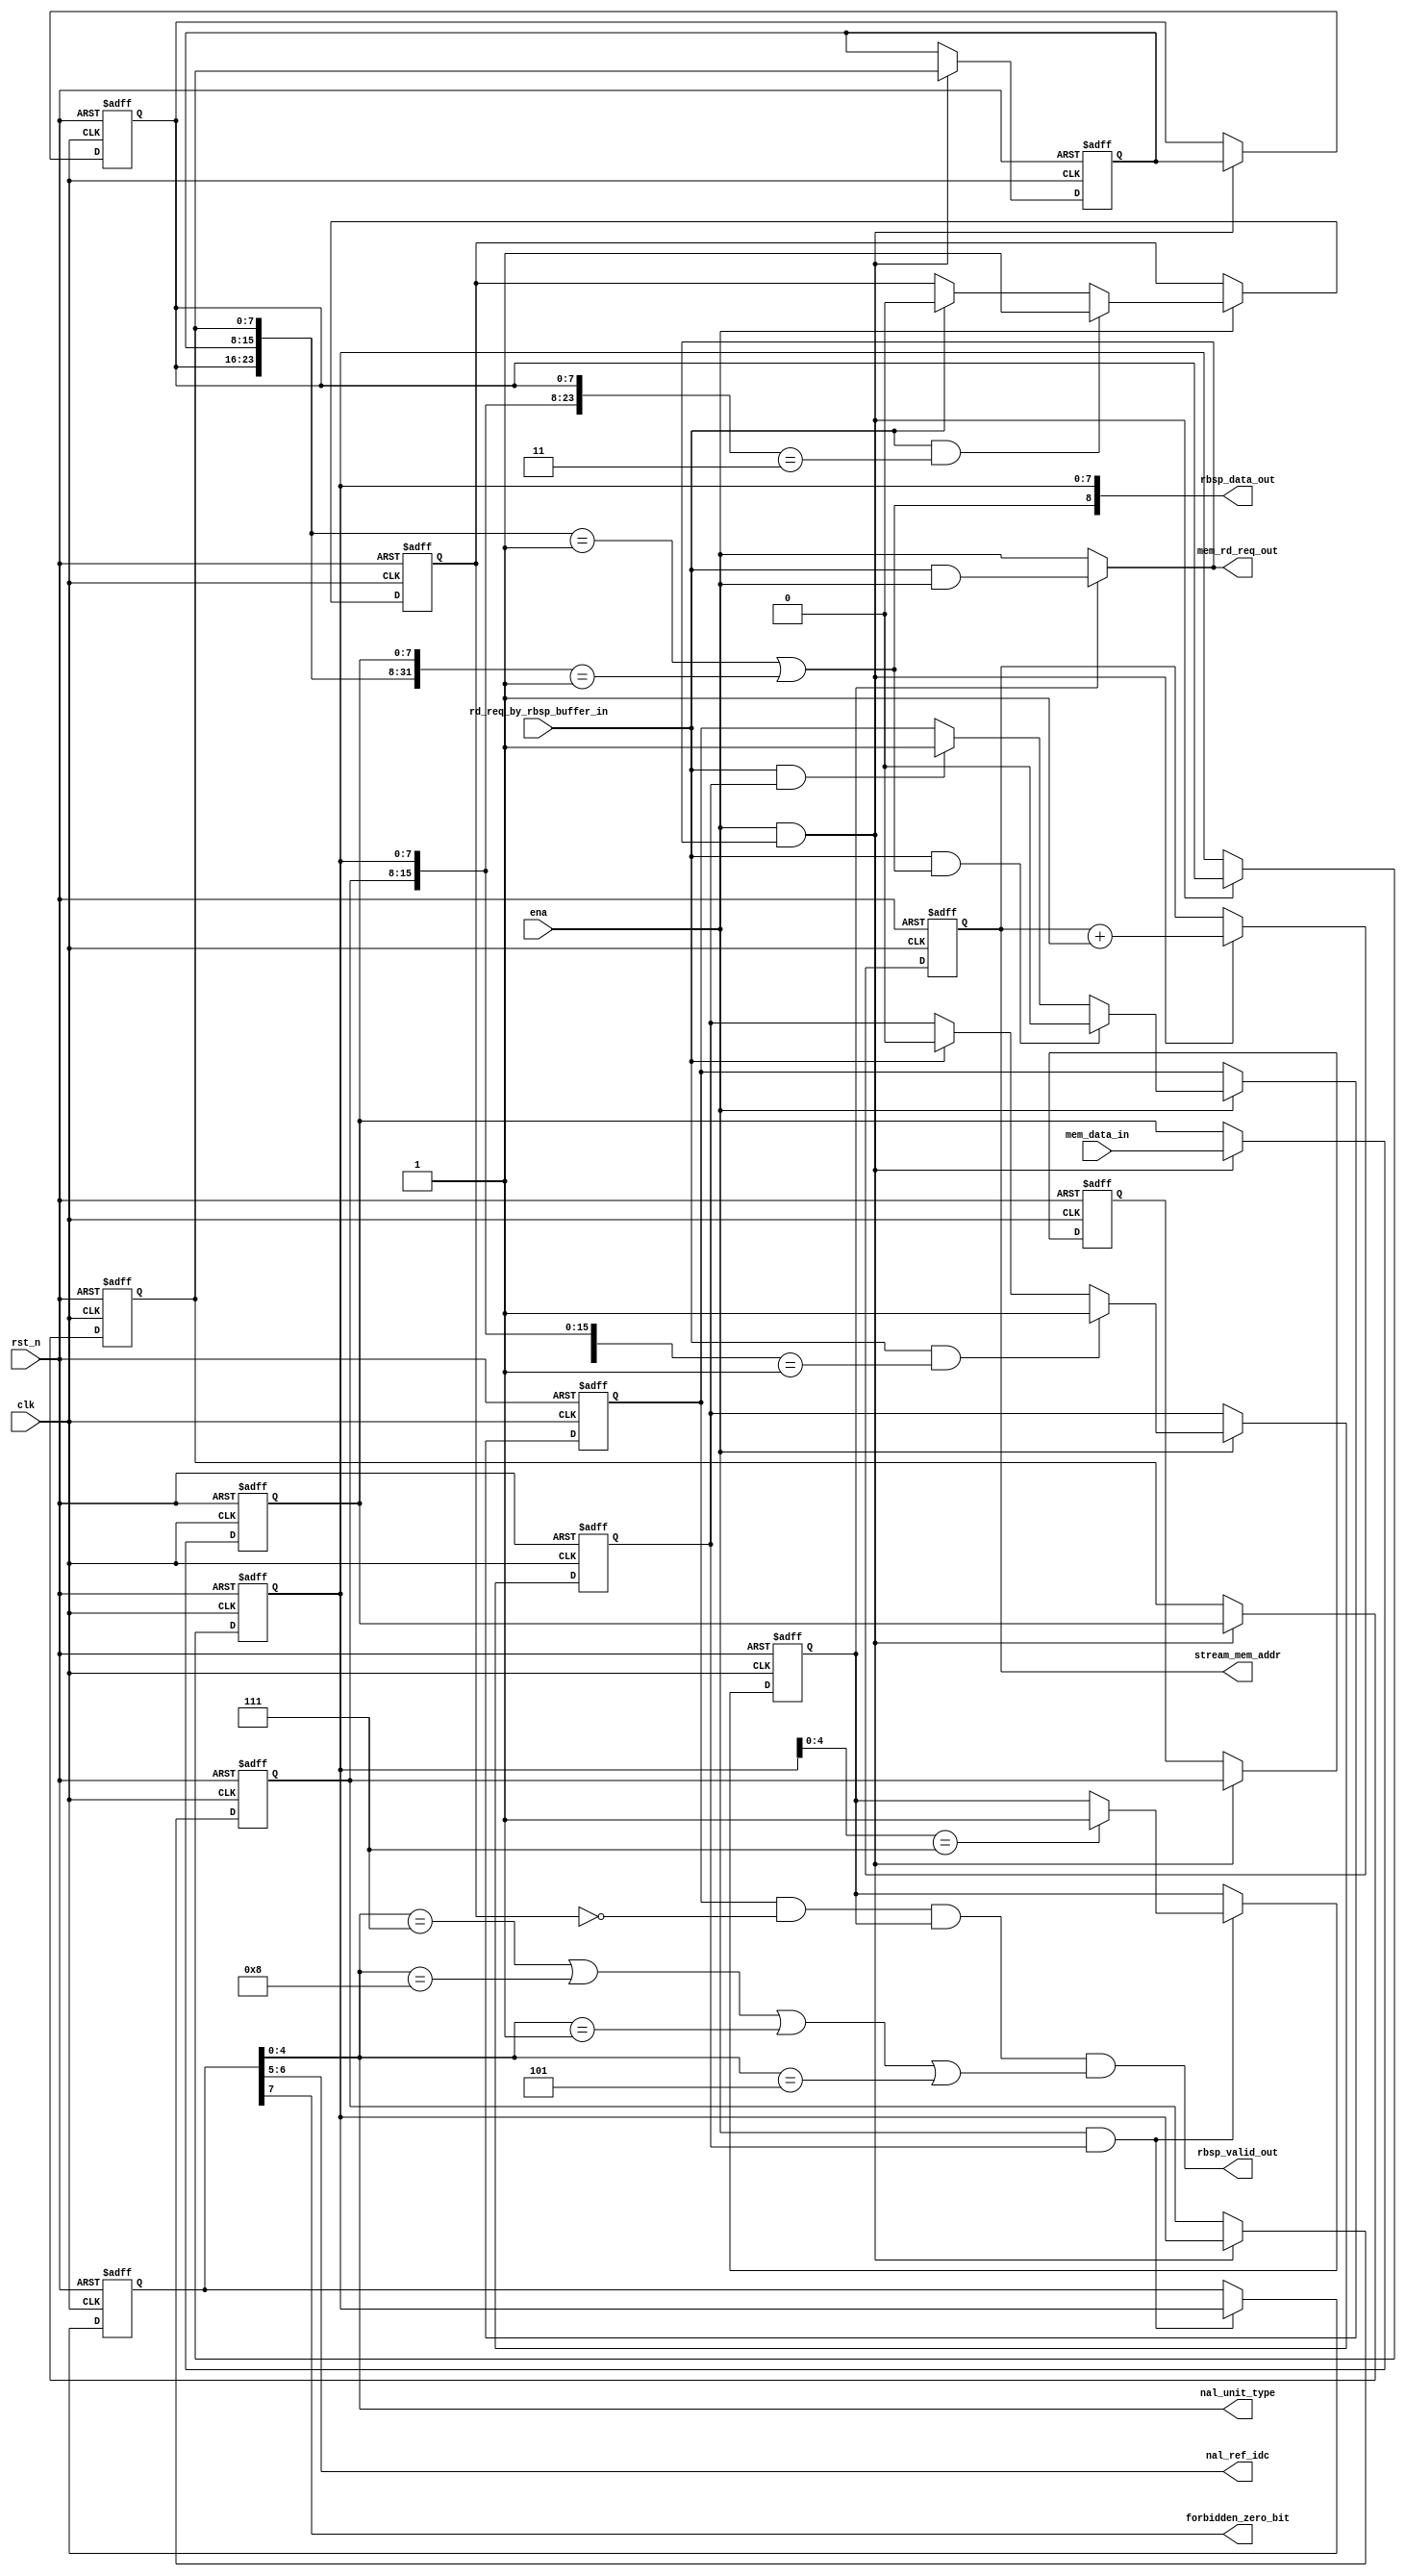
// NALUH.264/AVCH.265/HEVC
// NALU = NALU + (RBSP,Raw Byte Sequence Payload).
// NALUNALUEBSPRBSP

// 
// NALU: NALU0x000001NALU

// NALU: NALUNALUnal_unit_typenal_ref_idcforbidden_zero_bit

// : 

// EBSPRBSP: EBSP0x000003RBSP
// NALU0x000003NALU

// : SPS
module read_nalu
(
 clk,
 rst_n,
 ena,
 rd_req_by_rbsp_buffer_in,
 mem_data_in,

 nal_unit_type,
 nal_ref_idc,
 forbidden_zero_bit,

 stream_mem_addr, 
 mem_rd_req_out,
 rbsp_data_out,
 rbsp_valid_out
);
input clk,rst_n;	   //global clock and reset					   
input rd_req_by_rbsp_buffer_in;		   //enable this module
input ena;
input 	[7:0]	mem_data_in;	  //data from stream
output	[31:0]	stream_mem_addr;
output  		mem_rd_req_out;		  //read request from stream

output[4:0] nal_unit_type;	   //nalu head output
output[1:0] nal_ref_idc;
output      forbidden_zero_bit; 

output[8:0] rbsp_data_out;	  //data to rbsp buffer
output      rbsp_valid_out;	  	 //write to rbsp buffer

//nslu
parameter
NaluStartBytes = 24'h000001;

reg[7:0] nalu_head;
reg       nalu_valid;

reg[7:0] last_byte3;
reg[7:0] last_byte2;
reg[7:0] last_byte1;
reg[7:0] current_byte;
reg[7:0] next_byte1;
reg[7:0] next_byte2;
reg[7:0] next_byte3;
reg[7:0] next_byte4;

reg  start_bytes_detect;//current nalu start bytes
reg sps_found;
wire next_start_bytes_detect; //next nalu start bytes

reg [31:0] stream_mem_addr;
always @(posedge clk or negedge rst_n)
if (!rst_n)
   stream_mem_addr  <=  0;
else if (ena && mem_rd_req_out == 1'b1)
   stream_mem_addr  <= stream_mem_addr + 1;


always @(posedge clk or negedge rst_n)
if (!rst_n)
begin
   last_byte1   <= 8'b0;
   last_byte2   <= 8'b0;
   last_byte3   <= 8'b0;
   current_byte <= 8'b0;
   next_byte1   <= 8'b0;
   next_byte2   <= 8'b0;
   next_byte3   <= 8'b0;
   next_byte4   <= 8'b0;
end
else if (ena && mem_rd_req_out)
begin
   next_byte4   <= mem_data_in;
   next_byte3   <= next_byte4;
   next_byte2   <= next_byte3;
   next_byte1   <= next_byte2;
   current_byte <= next_byte1;
   last_byte1   <= current_byte;
   last_byte2   <= last_byte1;
   last_byte3   <= last_byte2; 
end
    
//detect nalu start bytes     
always @(posedge clk or negedge rst_n)
if (~rst_n)
    start_bytes_detect <= 1'b0;
else if(ena) begin
	if (rd_req_by_rbsp_buffer_in && {last_byte2,last_byte1,current_byte} 
			 == NaluStartBytes)
		start_bytes_detect <= 1'b1;
	else if (rd_req_by_rbsp_buffer_in)
		start_bytes_detect <= 1'b0;    
end
//nalu head

always @(posedge clk or negedge rst_n)
if (~rst_n) begin
   nalu_head <= 'b0;
   sps_found <= 'b0;
end
else if (ena && start_bytes_detect)begin
	nalu_head <= current_byte;
	if (current_byte[4:0] == 7)
		sps_found <= 1'b1;
end


always @(posedge clk or negedge rst_n)
if (~rst_n)
   nalu_valid <= 1'b0;
else if (ena) begin
	if(rd_req_by_rbsp_buffer_in && next_start_bytes_detect)
	   nalu_valid <= 1'b0;
	else if (rd_req_by_rbsp_buffer_in && start_bytes_detect)
	   nalu_valid <= 1'b1;
end
//current nalu end , next nalu start       
assign next_start_bytes_detect =  {next_byte1,next_byte2,next_byte3} == NaluStartBytes ||
{next_byte1,next_byte2,next_byte3,next_byte4} == {8'h00,NaluStartBytes} ;

//nalu head struct
assign nal_unit_type = nalu_head[4:0];
assign nal_ref_idc = nalu_head[6:5];
assign forbidden_zero_bit = nalu_head[7]; 

//ebsp to rbsp
parameter
emulation_prevention_three_byte = 24'h000003;

reg competition_bytes_detect;

always @(posedge clk or negedge rst_n)
if (~rst_n)
    competition_bytes_detect <= 1'b0;
else if (ena)begin
	if (rd_req_by_rbsp_buffer_in && {last_byte1,current_byte,next_byte1}
			  == emulation_prevention_three_byte)
		competition_bytes_detect <= 1'b1;
	else if (rd_req_by_rbsp_buffer_in)
		competition_bytes_detect <= 1'b0;
end
     
assign rbsp_data_out = {next_start_bytes_detect, current_byte};
assign rbsp_valid_out = nalu_valid && !competition_bytes_detect && sps_found && (
   						nal_unit_type == 7 || nal_unit_type == 8 || nal_unit_type == 1 || nal_unit_type == 5) ;

//mem read
assign mem_rd_req_out = sps_found ? (rd_req_by_rbsp_buffer_in && ena):ena;
        
endmodule